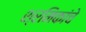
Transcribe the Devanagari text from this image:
श्रमिकांचे